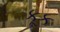
કૂક